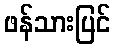
ဖန်သားပြင်